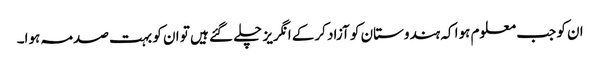
ان کو جب معلوم ہوا کہ ہندوستان کو آزاد کرکے انگریز چلے گئے ہیں تو ان کو بہت صدمہ ہوا۔